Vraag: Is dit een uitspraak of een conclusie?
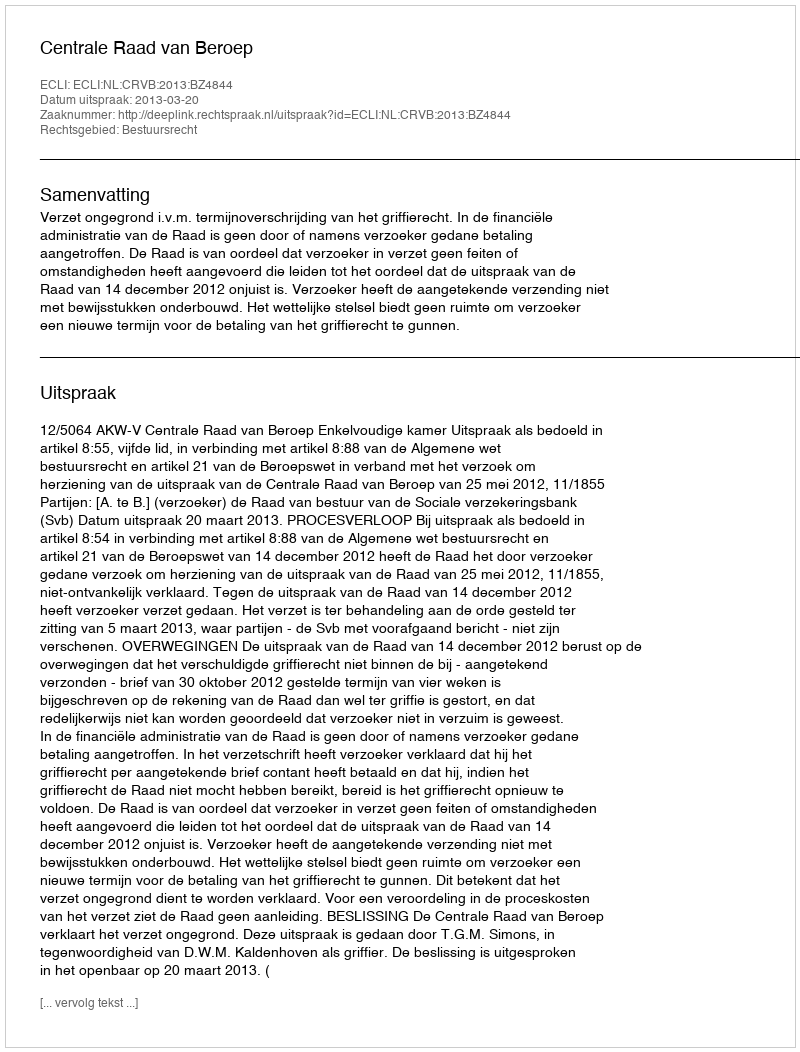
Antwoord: Uitspraak